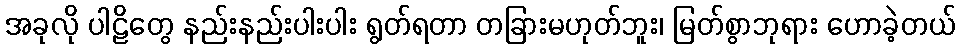
အခုလို ပါဠိတွေ နည်းနည်းပါးပါး ရွတ်ရတာ တခြားမဟုတ်ဘူး၊ မြတ်စွာဘုရား ဟောခဲ့တယ်